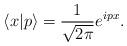
LaTeX: \begin{align*}\langle x|p\rangle={1\over\sqrt{2\pi}}e^{ipx}.\end{align*}